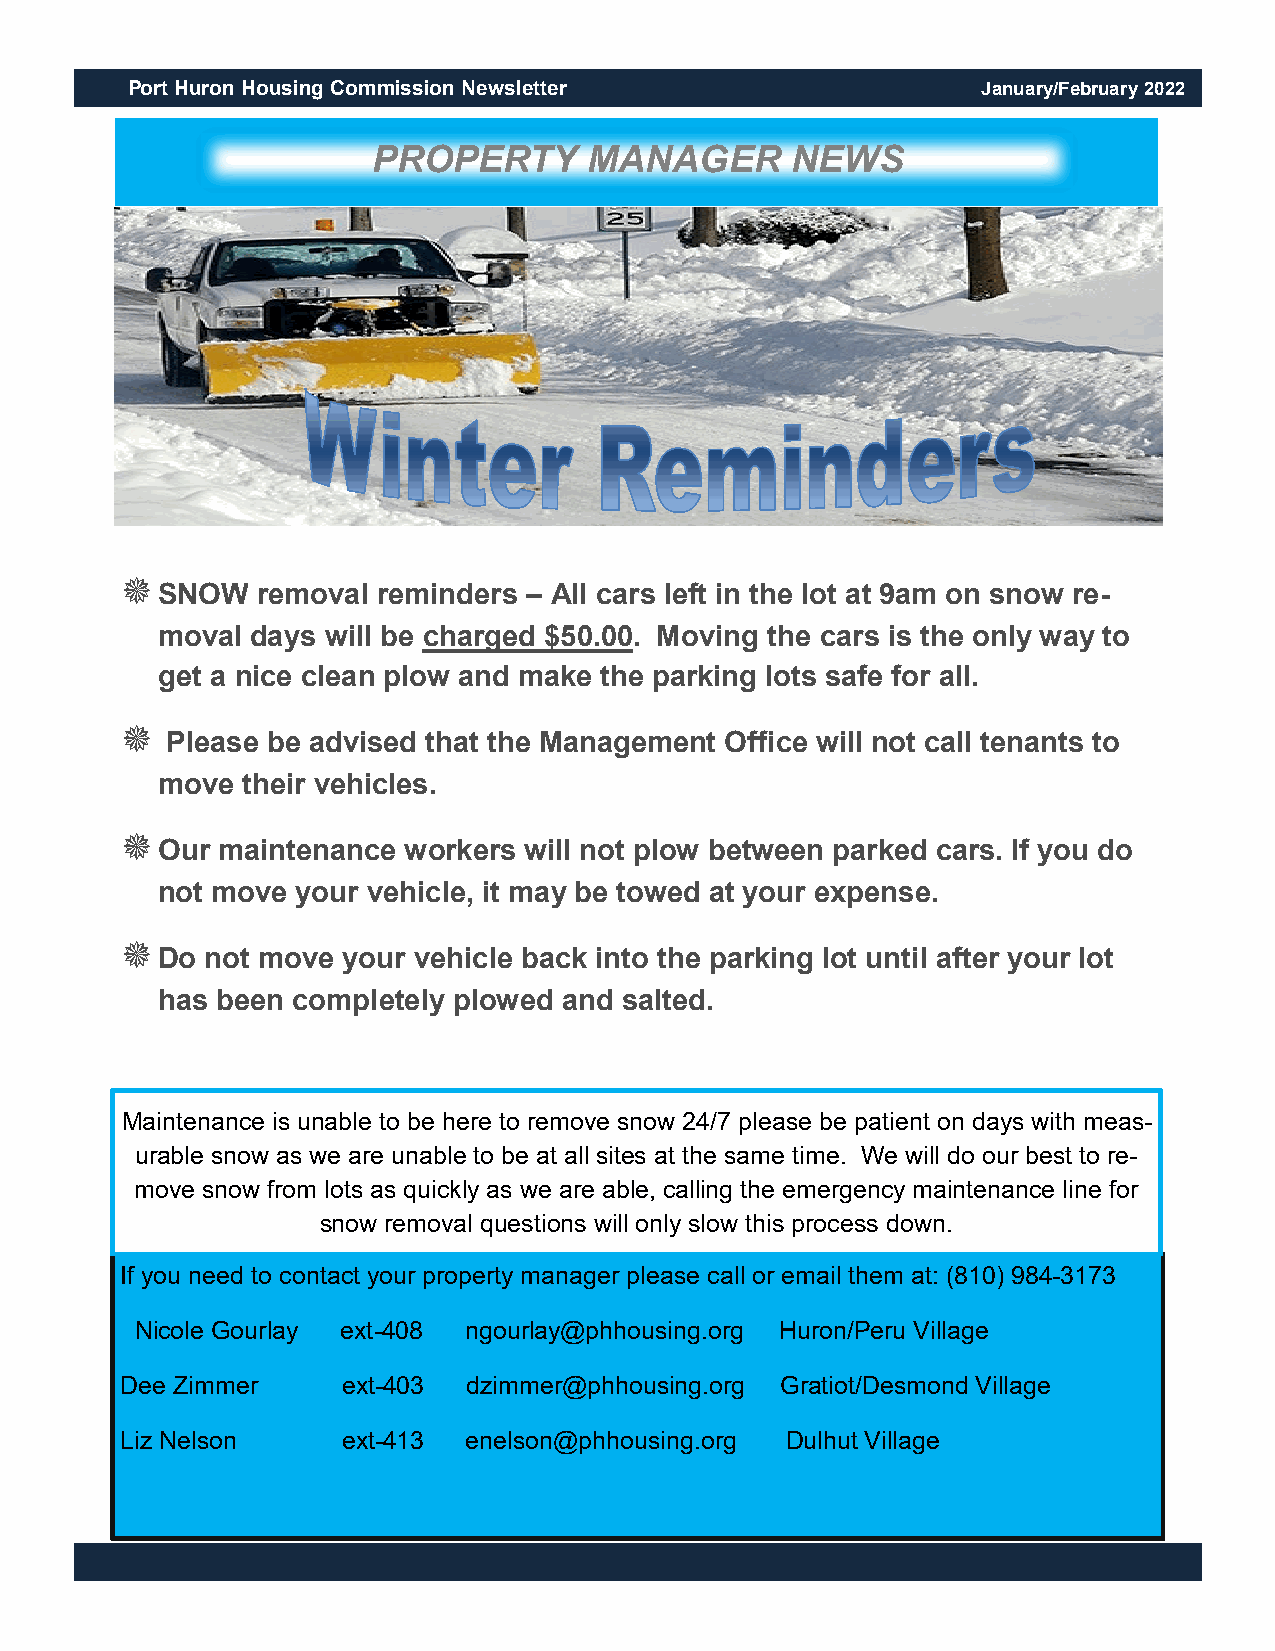
Port Huron Housing Commission Newsletter                 January/February 2022
 PROPERTY      MANAGER      NEWS
 
 SNOW   removal reminders – All cars left in the lot at 9am on snow re-
 moval  days will be charged $50.00. Moving the cars is the only way to
 get a nice clean plow and make the parking lots safe for all.
 
 Please be advised that the Management Office will not call tenants to
 move  their vehicles.
 
 Our maintenance  workers will not plow between parked cars. If you do
 not move  your vehicle, it may be towed at your expense.
 
 Do  not move your vehicle back into the parking lot until after your lot
 has been completely plowed and salted.
 Maintenance is unable to be here to remove snow 24/7 please be patient on days with meas-
 urable snow as we are unable to be at all sites at the same time. We will do our best to re-
 move snow from lots as quickly as we are able, calling the emergency maintenance line for
 snow removal questions will only slow this process down.
 If you need to contact your property manager please call or email them at: (810) 984-3173
 Nicole Gourlay ext-408 ngourlay@phhousing.org Huron/Peru Village
 Dee Zimmer     ext-403 dzimmer@phhousing.org Gratiot/Desmond Village
 Liz Nelson     ext-413 enelson@phhousing.org Dulhut Village